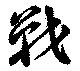
戦